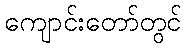
ကျောင်းတော်တွင်